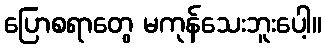
ပြောစရာတွေ မကုန်သေးဘူးပေါ့။